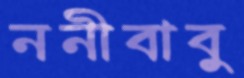
ননীবাবু